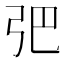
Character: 弝